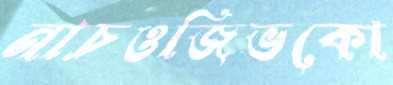
নাচওজিভকো